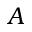
A